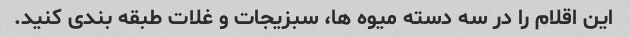
این اقلام را در سه دسته میوه ها، سبزیجات و غلات طبقه بندی کنید.